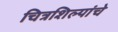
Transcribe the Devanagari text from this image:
चित्रशिल्पांचे